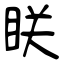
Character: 眹